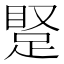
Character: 𬑝